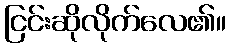
ငြင်းဆိုလိုက်လေ၏။